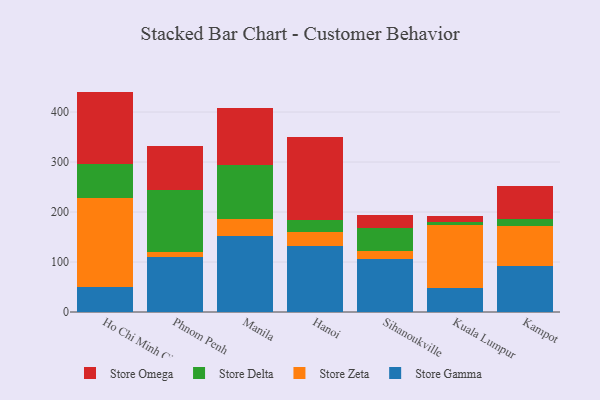
{"axis": {"x": "City", "y": "Website Visitors"}, "legend": ["Store Delta", "Store Gamma", "Store Omega", "Store Zeta"], "data": [{"x": "Ho Chi Minh City", "y": 50.8, "type": "Store Gamma"}, {"x": "Ho Chi Minh City", "y": 178.2, "type": "Store Zeta"}, {"x": "Ho Chi Minh City", "y": 66.6, "type": "Store Delta"}, {"x": "Ho Chi Minh City", "y": 145.2, "type": "Store Omega"}, {"x": "Phnom Penh", "y": 109.8, "type": "Store Gamma"}, {"x": "Phnom Penh", "y": 9.4, "type": "Store Zeta"}, {"x": "Phnom Penh", "y": 125.4, "type": "Store Delta"}, {"x": "Phnom Penh", "y": 87.1, "type": "Store Omega"}, {"x": "Manila", "y": 151.2, "type": "Store Gamma"}, {"x": "Manila", "y": 35.8, "type": "Store Zeta"}, {"x": "Manila", "y": 107.2, "type": "Store Delta"}, {"x": "Manila", "y": 113.4, "type": "Store Omega"}, {"x": "Hanoi", "y": 132.4, "type": "Store Gamma"}, {"x": "Hanoi", "y": 28.4, "type": "Store Zeta"}, {"x": "Hanoi", "y": 22.7, "type": "Store Delta"}, {"x": "Hanoi", "y": 166.1, "type": "Store Omega"}, {"x": "Sihanoukville", "y": 106.8, "type": "Store Gamma"}, {"x": "Sihanoukville", "y": 16.0, "type": "Store Zeta"}, {"x": "Sihanoukville", "y": 46.0, "type": "Store Delta"}, {"x": "Sihanoukville", "y": 25.3, "type": "Store Omega"}, {"x": "Kuala Lumpur", "y": 48.3, "type": "Store Gamma"}, {"x": "Kuala Lumpur", "y": 125.2, "type": "Store Zeta"}, {"x": "Kuala Lumpur", "y": 7.3, "type": "Store Delta"}, {"x": "Kuala Lumpur", "y": 11.1, "type": "Store Omega"}, {"x": "Kampot", "y": 91.5, "type": "Store Gamma"}, {"x": "Kampot", "y": 81.5, "type": "Store Zeta"}, {"x": "Kampot", "y": 12.1, "type": "Store Delta"}, {"x": "Kampot", "y": 67.2, "type": "Store Omega"}]}